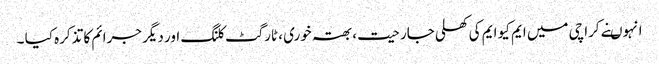
انہوںنے کراچی میں ایم کیو ایم کی کھلی جارحیت ، بھتہ خوری ، ٹارگٹ کلنگ اور دیگر جرائم کا تذکرہ کیا ۔